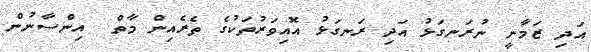
އަދި ޒަމާނީ ނުރަނގަޅު އަދި ރަނގަޅު އޮއިވަރުތަކުގެ ތެރެއިން މާތް  އިންސާނުން